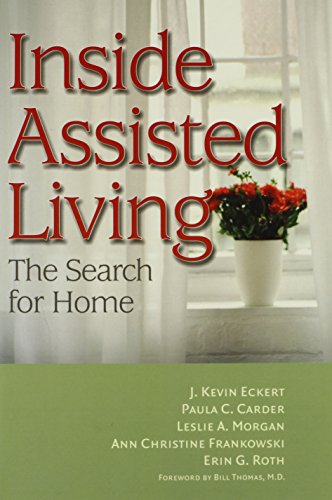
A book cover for Inside Assisted Living: The Search for Home; J. Kevin Eckert; Medical Books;